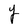
Character: Y